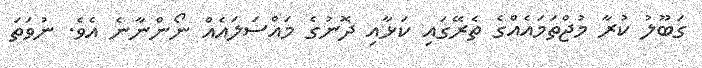
ގަބޫލު ކުރާ މުޖްތަމައެއްގެ ތެރޭގައި ކަޅާއި ދޮނުގެ މައްސަލައެއް ނޯންނާނެ އެވެ. ނުވަތަ